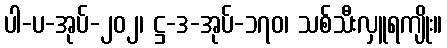
ပါ-ပ-အုပ်-၂၀၂၊ ဋ္ဌ-ဒ-အုပ်-၁၇၀၊ သစ်သီးလှူရကျိုး။